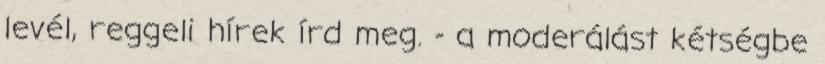
levél, reggeli hírek írd meg. - a moderálást kétségbe